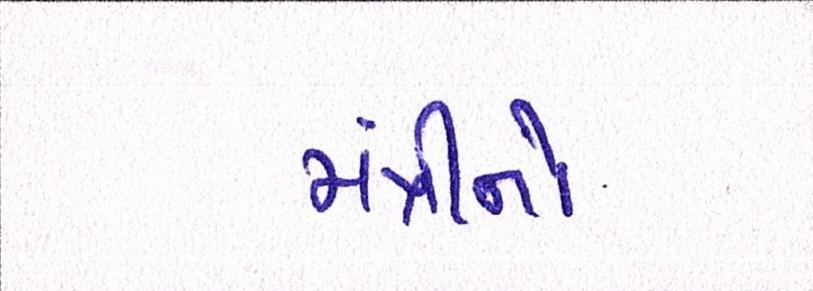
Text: મંત્રીનો